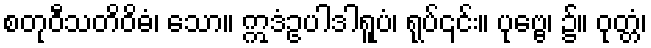
စတုဝီသတိဝိဓံ၊ သော။ ဣဒံဥပါဒါရူပံ၊ ရုပ်၎င်း။ ပုဗ္ဗေ၊ ၌။ ဝုတ္တံ၊